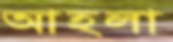
আহলা